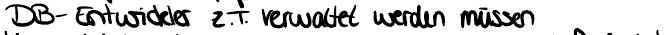
DB-Entwickler z.T. verwaltet werden müssen